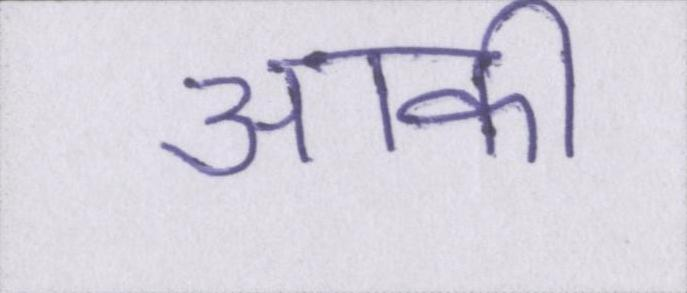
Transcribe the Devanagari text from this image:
आकी